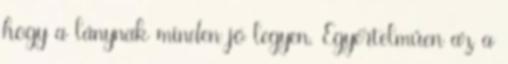
hogy a lánynak minden jó legyen. Egyértelműen az a